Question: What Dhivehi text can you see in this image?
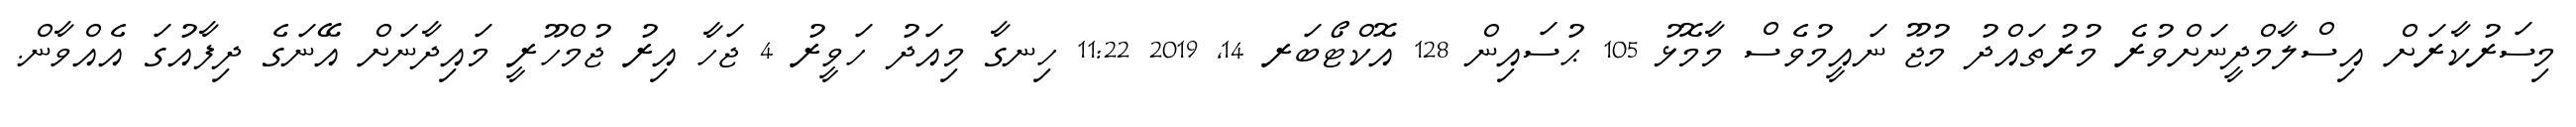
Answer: މިސަރުކާރަށް އިސްލާމްދީނަށްވުރެ މުރުތައްދު މުޖޫ ނައީމުވެސް މާމޮޅު 105 ޙުސައިން 128 އޮކްޓޯބަރ 14, 2019 11:22 ހިނގާ މިއަދު ހަވީރު 4 ޖަހާ އިރު ޖުމްހޫރީ މައިދާނަށް އޭނަގެ ދިފާއުގަ އެއްވާން.